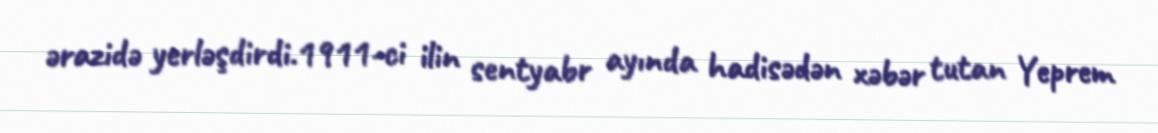
ərazidə yerləşdirdi.1911-ci ilin sentyabr ayında hadisədən xəbər tutan Yeprem